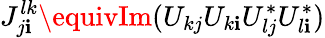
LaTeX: J_{j\mathbf{i}}^{lk}\equivIm(U_{kj}U_{k\mathbf{i}}U_{lj}^{\ast}U_{l\mathbf{i}}^{\ast})